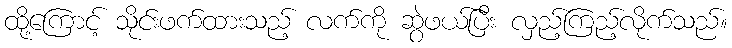
ထို့ကြောင့် သိုင်းဖက်ထားသည့် လက်ကို ဆွဲဖယ်ပြီး လှည့်ကြည့်လိုက်သည်။